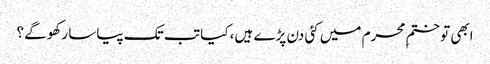
ابھی تو ختمِ محرم میں کئی دن پڑے ہیں، کیا تب تک پیاسا رکھو گے؟